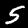
Label: 5